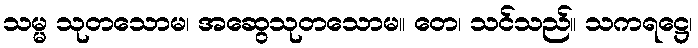
သမ္မ သုတသောမ၊ အဆွေသုတသောမ။ တေ၊ သင်သည်။ သကရဋ္ဌေ၊